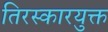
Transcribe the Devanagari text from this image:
तिरस्कारयुक्त